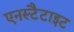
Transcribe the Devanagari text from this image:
एनस्टैटाइट